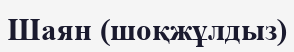
Шаян (шоқжұлдыз)